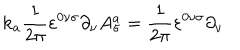
\mathrm { k } _ { a } \frac { 1 } { 2 \pi } \varepsilon ^ { 0 \nu \sigma } \partial _ { \nu } A _ { \sigma } ^ { a } = \frac { 1 } { 2 \pi } \varepsilon ^ { 0 \nu \sigma } \partial _ { \nu }